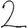
Digit: 2